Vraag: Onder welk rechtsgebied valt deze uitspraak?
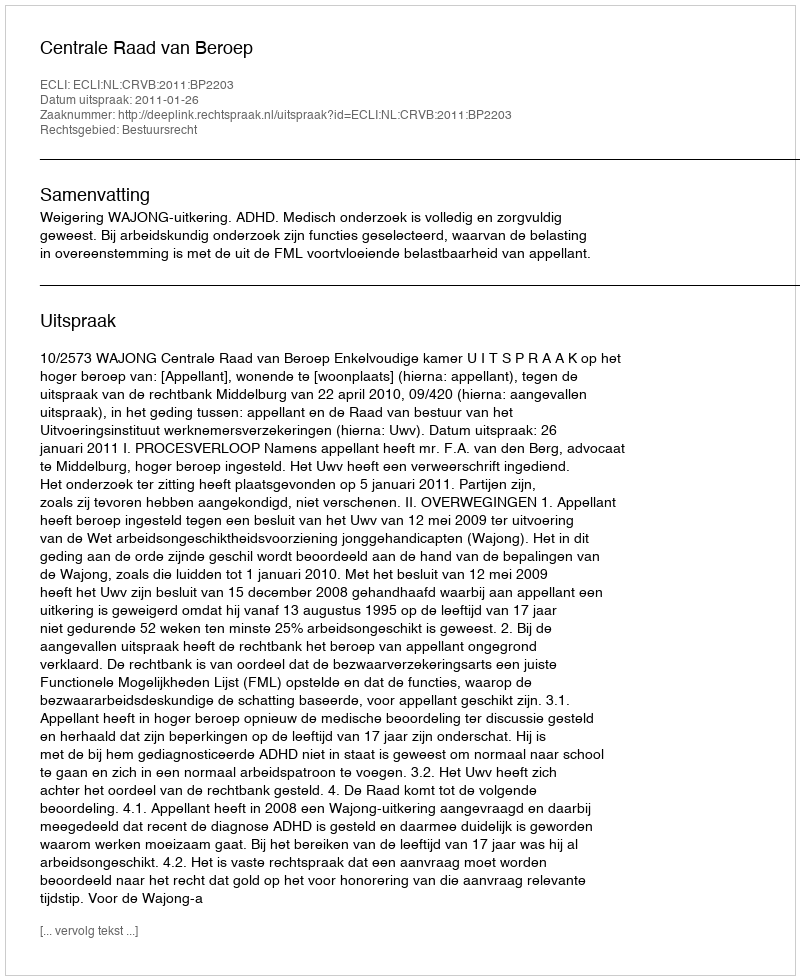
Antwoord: Bestuursrecht